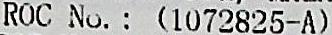
ROC NO. : (1072825-A)